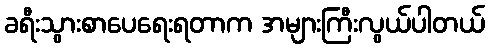
ခရီးသွားစာပေရေးရတာက အများကြီးလွယ်ပါတယ်